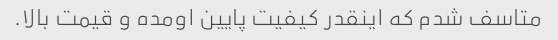
متاسف شدم که اینقدر کیفیت پایین اومده و قیمت بالا.